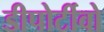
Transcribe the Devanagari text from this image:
डीपोर्टीवो